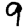
Digit: 9